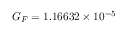
G _ { F } = 1 . 1 6 6 3 2 \times 1 0 ^ { - 5 }